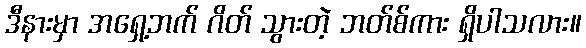
ဒီနားမှာ အရှေ့ဘက် ဂိတ် သွားတဲ့ ဘတ်စ်ကား ရှိပါသလား။